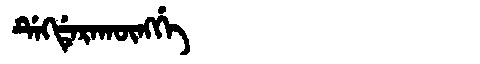
Manchu: ᡩᡝᡴᡩᡝᡵᠠᡴᡡᠩᡤᡝ
Romanization: DEKDERAKŪNGGE